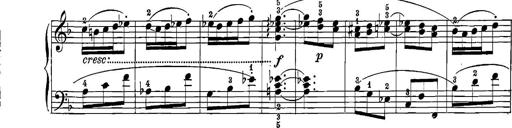
Title: 12 Sonatinas
Composer: Ignaz Pleyel